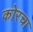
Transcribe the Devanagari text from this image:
कोरचा